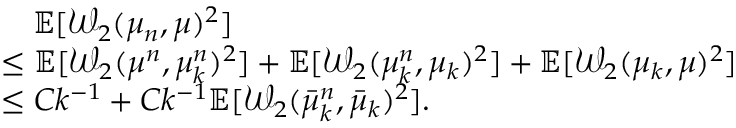
\begin{array} { r l } & { \quad \mathbb { E } [ \mathcal { W } _ { 2 } ( \mu _ { n } , \mu ) ^ { 2 } ] } \\ & { \leq \mathbb { E } [ \mathcal { W } _ { 2 } ( \mu ^ { n } , \mu _ { k } ^ { n } ) ^ { 2 } ] + \mathbb { E } [ \mathcal { W } _ { 2 } ( \mu _ { k } ^ { n } , \mu _ { k } ) ^ { 2 } ] + \mathbb { E } [ \mathcal { W } _ { 2 } ( \mu _ { k } , \mu ) ^ { 2 } ] } \\ & { \leq C k ^ { - 1 } + C k ^ { - 1 } \mathbb { E } [ \mathcal { W } _ { 2 } ( \bar { \mu } _ { k } ^ { n } , \bar { \mu } _ { k } ) ^ { 2 } ] . } \end{array}